Lunatic asylums Madras 1877-1891 - 1877-1891
Year: 1877
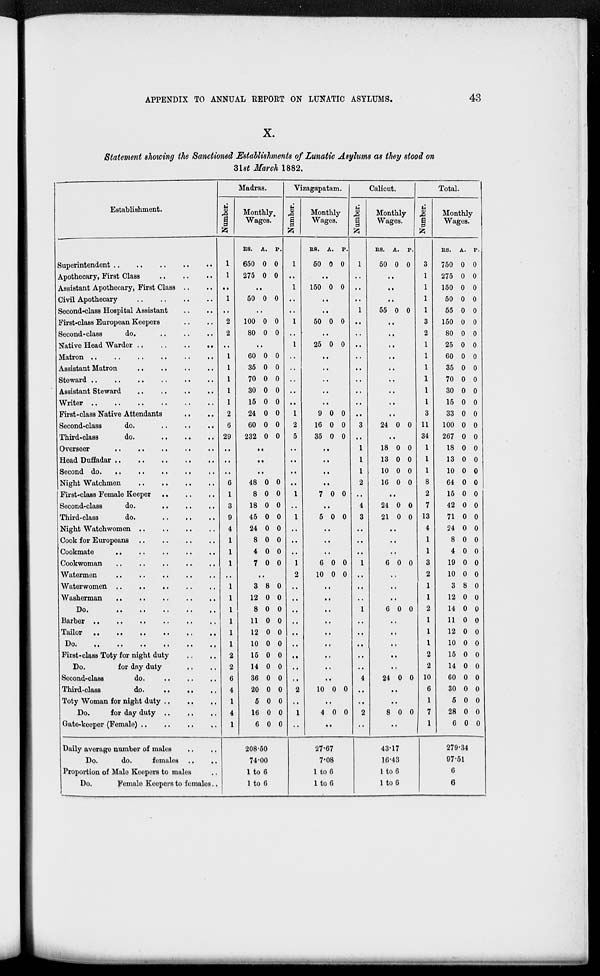
APPENDIX TO ANNUAL REPORT ON LUNATIC ASYLUMS.
43
X.
Statement showing the Sanctioned Establishments of Lunatic Asylums as they stood on
31st March 1882.
Establishment.
Superintendent .. .. .. .. ..
Apothecary, First Class .. .. ..
Assistant Apothecary, First Class .. ..
Civil Apothecary
..
..
..
..
Second-class Hospital Assistant .. ..
First-class European Keepers .. ..
Second-class
do. .. .. ..
Native Head Warder
..
..
..
..
Matron
..
..
..
..
..
..
Assistant Matron
..
..
..
..
Steward ..
..
..
..
..
..
Assistant Steward
..
..
..
..
Writer
..
..
..
..
..
..
First-class Native Attendants .. ..
Second-class
do. .. .. ..
Third-class
do.
..
..
..
Overseer
..
..
..
..
..
Head Duffadar
..
..
..
..
..
Second do.
..
..
.. .. ..
Night Watchmen
..
..
..
..
First-class Female Keeper .. .. ..
Second-class
do.
.. .. ..
Third-class
do.
..
..
..
Night Watchwomen
..
..
..
..
Cook for Europeans
..
..
..
..
Cookmate
..
..
..
..
..
Cookwoman
..
..
..
..
..
Watermen .. .. .. .. ..
Waterwomen ..
..
.. .. ..
Washerman
..
..
..
..
..
Do.
..
..
..
..
..
Barber .. .. .. .. .. ..
Tailor
..
..
..
..
..
..
Do.
..
..
..
..
..
First-class Toty for night duty .. ..
Do.
for day duty .. ..
Second-class
do.
..
..
..
Third-class do. .. .. ..
Toty Woman for night duty
..
..
..
Do.
for day duty
..
..
..
Gate-keeper (Female)
..
..
..
Daily average number of males .. ..
Do.
do.
females
..
..
Proportion of Male Keepers to males ..
Do.
Female
Keepers to females ..
Madras.
Number.
1
1
..
1
..
2
2
..
..
..
..
..
..
2
6
29
..
..
..
6
1
3
9
4
1
1
1
..
1
1
1
1
1
1
2
2
6
4
1
4
1
Monthly
Wages.
RS.
650
275
A.
0
0
P.
0
0
..
50 0 0
..
100
80
0
0
0
0
..
60
35
70
30
15
24
60
232
0
0
0
0
0
0
0
0
0
0
0
0
0
0
0
0
..
..
..
48
8
18
45
24
8
4
7
0
0
0
0
0
0
0
0
0
0
0
0
0
0
0
0
..
3
12
8
11
12
10
15
14
36
20
5
16
6
8
0
0
0
0
0
0
0
0
0
0
0
0
0
0
0
0
0
0
0
0
0
0
0
0
0
208.50
74.00
1 to 6
1 to 6
Vizagapatam.
Number.
1
..
1
..
..
1
..
1
..
..
..
..
..
1
2
5
..
..
..
..
1
..
1
..
..
..
1
2
..
..
..
..
..
..
..
..
..
2
..
1
..
Monthly
Wages.
RS.
50
A.
0
P.
0
..
150 0 0
..
..
50 0 0
..
25 0 0
..
..
..
..
..
9
16
35
0
0
0
0
0
0
..
..
..
..
7 0 0
..
5 0 0
..
..
..
6
10
0
0
0
0
..
..
..
..
..
..
..
..
..
10 0 0
..
4 0 0
..
27.67
7.08
1 to 6
1 to 6
Calicut.
Number.
1
..
..
..
1
..
..
..
..
..
..
..
..
..
3
..
1
1
1
2
..
4
3
..
..
..
1
..
..
..
1
..
..
..
..
..
4
..
..
2
..
Monthly
Wages.
RS.
50
A.
0
P.
0
..
..
..
55 0 0
..
..
..
..
..
..
..
..
..
24 0 0
..
18
13
10
16
0
0
0
0
0
0
0
0
..
24
21
0
0
0
0
..
..
..
6 0 0
..
..
..
6 0 0
..
..
..
..
..
24 0 0
..
..
8 0 0
..
43.17
16.43
1 to 6
1 to 6
Total.
Number.
3
1
1
1
1
3
2
1
1
1
1
1
1
3
11
34
1
1
1
8
2
7
13
4
1
1
3
2
1
1
2
1
1
1
2
2
10
6
1
7
1
Monthly
Wages.
RS.
750
275
150
50
55
150
80
25
60
35
70
30
15
33
100
267
18
13
10
64
15
42
71
24
8
4
19
10
3
12
14
11
12
10
15
14
60
30
5
28
6
A.
0
0
0
0
0
0
0
0
0
0
0
0
0
0
0
0
0
0
0
0
0
0
0
0
0
0
0
0
8
0
0
0
0
0
0
0
0
0
0
0
0
P.
0
0
0
0
0
0
0
0
0
0
0
0
0
0
0
0
0
0
0
0
0
0
0
0
0
0
0
0
0
0
0
0
0
0
0
0
0
0
0
0
0
279.34
97.51
6
6